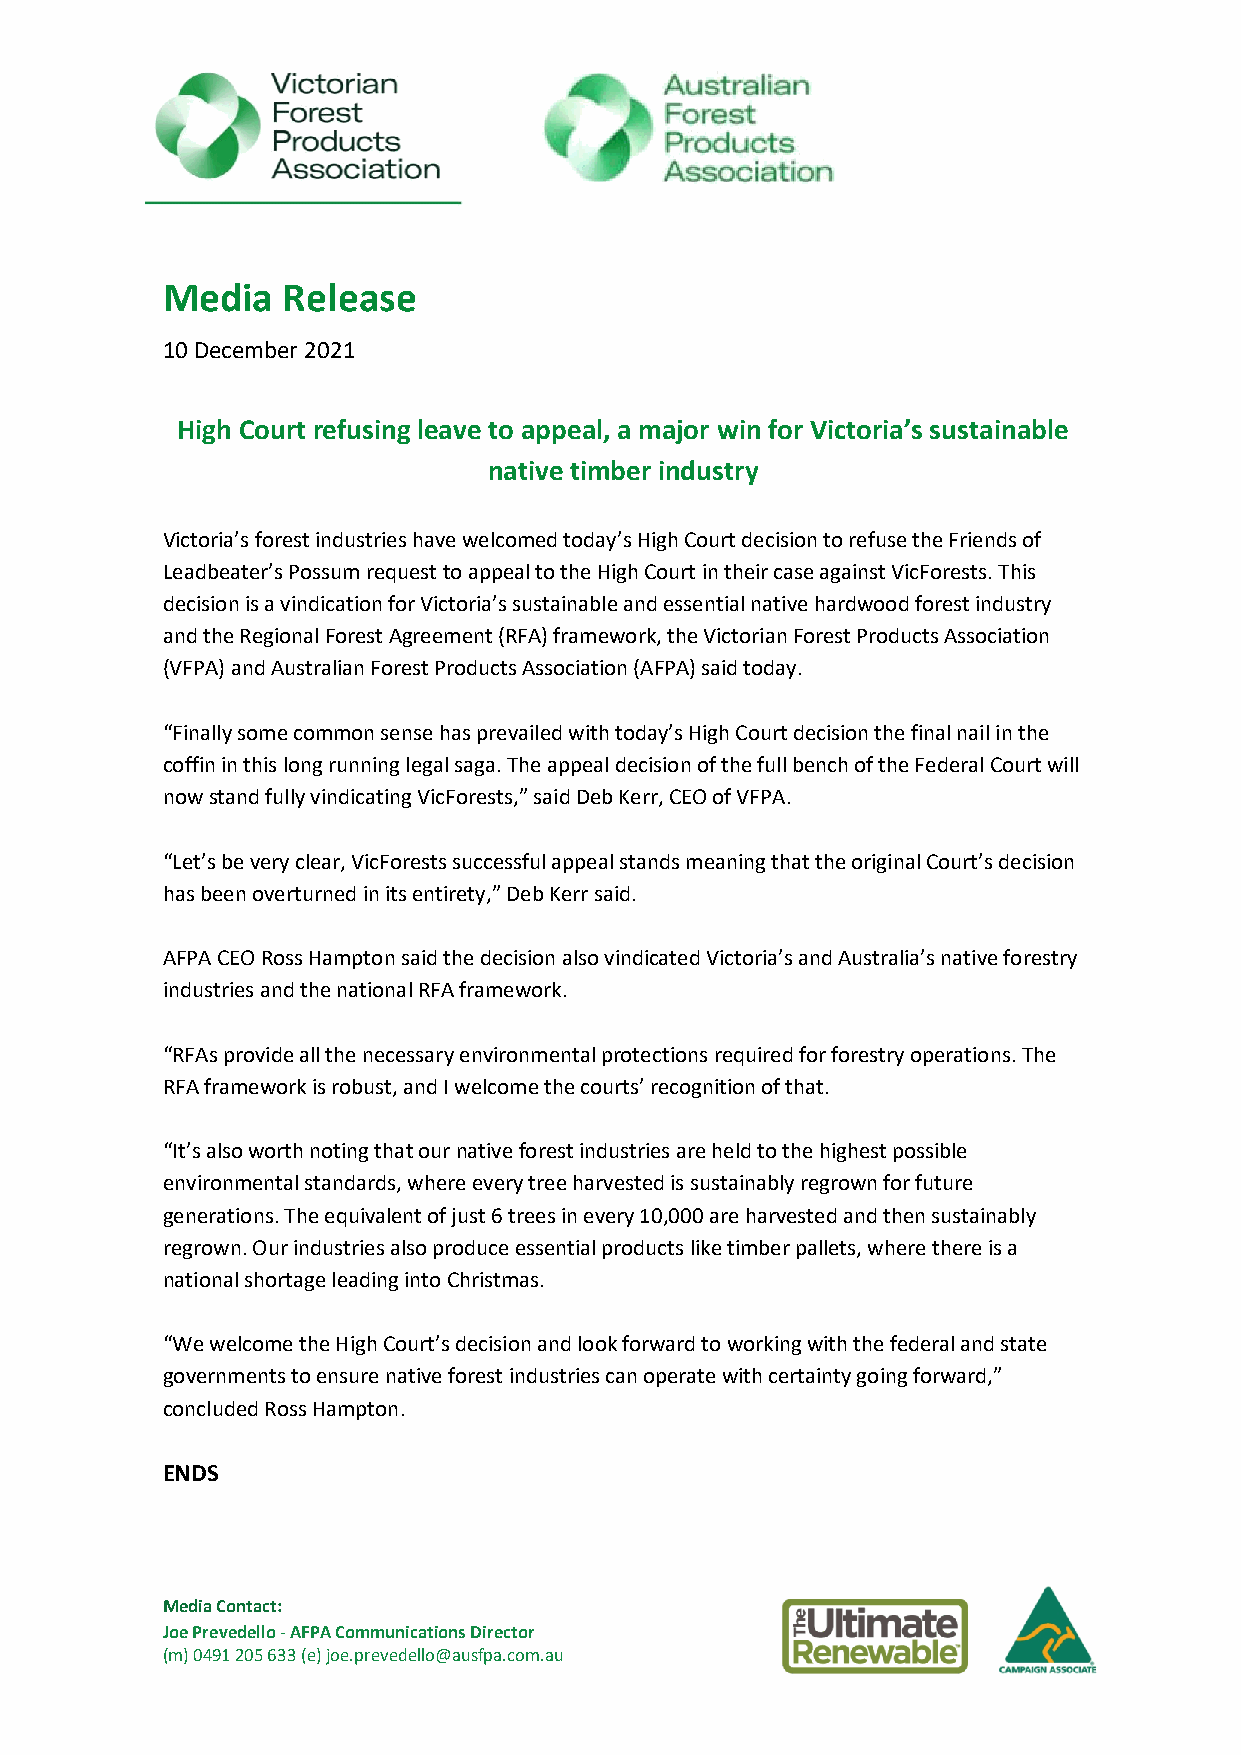
Media   Release
 10 December 2021
 High Court refusing leave to appeal, a major win for Victoria’s sustainable
 native timber industry
 Victoria’s forest industries have welcomed today’s High Court decision to refuse the Friends of
 Leadbeater’s Possum request to appeal to the High Court in their case against VicForests. This
 decision is a vindication for Victoria’s sustainable and essential native hardwood forest industry
 and the Regional Forest Agreement (RFA) framework, the Victorian Forest Products Association
 (VFPA) and Australian Forest Products Association (AFPA) said today.
 “Finally some common sense has prevailed with today’s High Court decision the final nail in the
 coffin in this long running legal saga. The appeal decision of the full bench of the Federal Court will
 now stand fully vindicating VicForests,” said Deb Kerr, CEO of VFPA.
 “Let’s be very clear, VicForests successful appeal stands meaning that the original Court’s decision
 has been overturned in its entirety,” Deb Kerr said.
 AFPA CEO Ross Hampton said the decision also vindicated Victoria’s and Australia’s native forestry
 industries and the national RFA framework.
 “RFAs provide all the necessary environmental protections required for forestry operations. The
 RFA framework is robust, and I welcome the courts’ recognition of that.
 “It’s also worth noting that our native forest industries are held to the highest possible
 environmental standards, where every tree harvested is sustainably regrown for future
 generations. The equivalent of just 6 trees in every 10,000 are harvested and then sustainably
 regrown. Our industries also produce essential products like timber pallets, where there is a
 national shortage leading into Christmas.
 “We welcome the High Court’s decision and look forward to working with the federal and state
 governments to ensure native forest industries can operate with certainty going forward,”
 concluded Ross Hampton.
 ENDS
 Media Contact:
 Joe Prevedello - AFPA Communications Director
 (m) 0491 205 633 (e) joe.prevedello@ausfpa.com.au